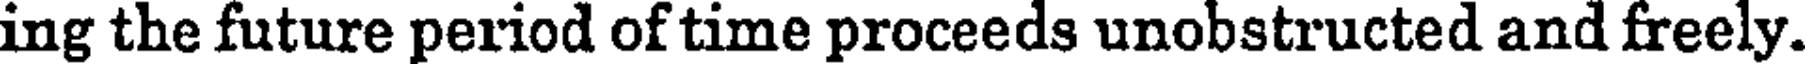
ing the future period of time proceeds unobstructed and freely.